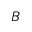
\boldsymbol B